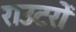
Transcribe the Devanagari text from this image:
राउटरों